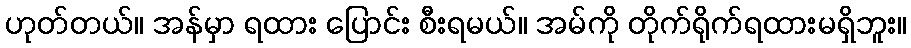
ဟုတ်တယ်။ အန်မှာ ရထား ပြောင်း စီးရမယ်။ အမ်ကို တိုက်ရိုက်ရထားမရှိဘူး။